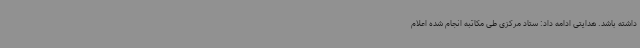
داشته باشد. هدایتی ادامه داد: ستاد مرکزی طی مکاتبه انجام شده اعلام